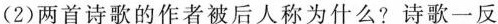
(2)两首诗歌的作者被后人称为什么?诗歌一反